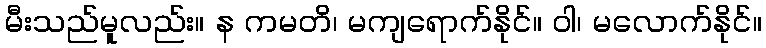
မီးသည်မူလည်း။ န ကမတိ၊ မကျရောက်နိုင်။ ဝါ၊ မလောက်နိုင်။